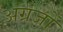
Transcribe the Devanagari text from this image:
अंग्रंजों